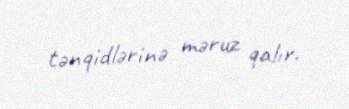
tənqidlərinə məruz qalır.